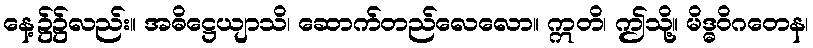
နေ့၌၌လည်း။ အဓိဋ္ဌေယျာသိ၊ ဆောက်တည်လေလော။ ဣတိ၊ ဤသို့။ မိဒ္ဓဝိဂတေန၊